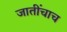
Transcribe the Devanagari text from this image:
जातींचाच